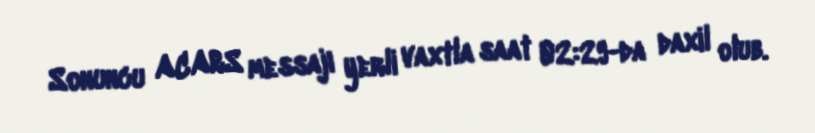
Sonuncu ACARS messajı yerli vaxtla saat 02:29-da daxil olub.